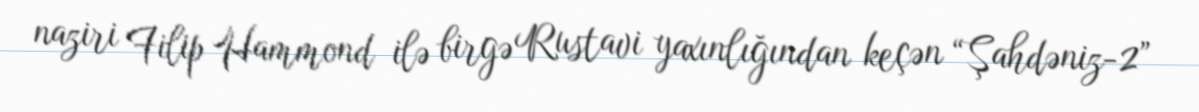
naziri Filip Hammond ilə birgə Rustavi yaxınlığından keçən “Şahdəniz-2”